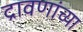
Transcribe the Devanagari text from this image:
द्रावणांच्या